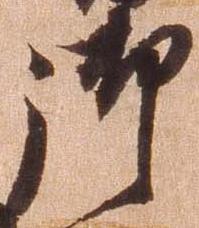
御